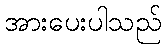
အားပေးပါသည်